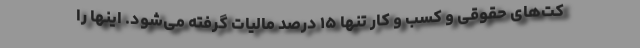
کت‌های حقوقی و کسب و کار تنها ۱۵ درصد مالیات گرفته می‌شود. اینها را